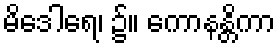
မိဒေါရေ၊ ၌။ ကောနန္တိကာ